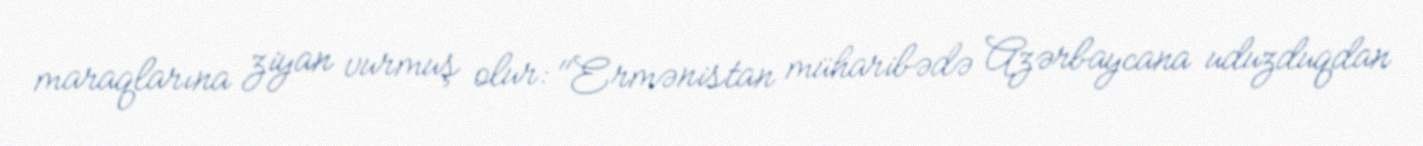
maraqlarına ziyan vurmuş olur: "Ermənistan müharibədə Azərbaycana uduzduqdan